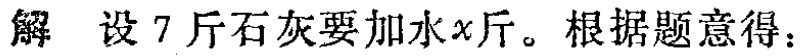
解 设 7 斤石灰要加水\(x\)斤。根据题意得：